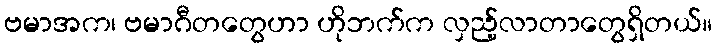
ဗမာအက၊ ဗမာဂီတတွေဟာ ဟိုဘက်က လှည့်လာတာတွေရှိတယ်။